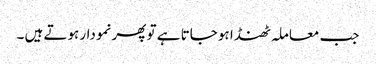
جب معاملہ ٹھنڈا ہو جاتا ہے تو پھر نمودار ہوتے ہیں ۔